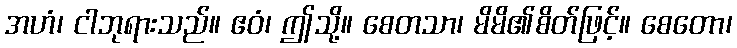
အဟံ၊ ငါဘုရားသည်။ ဧဝံ၊ ဤသို့။ စေတသာ၊ မိမိ၏စိတ်ဖြင့်။ စေတော၊